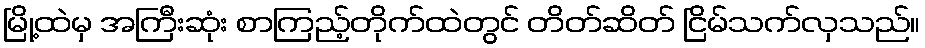
မြို့ထဲမှ အကြီးဆုံး စာကြည့်တိုက်ထဲတွင် တိတ်ဆိတ် ငြိမ်သက်လှသည်။